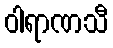
ဝါရာဏသီ